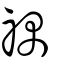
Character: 禑